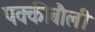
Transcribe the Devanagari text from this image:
पक्कीबौली